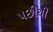
પછીથી